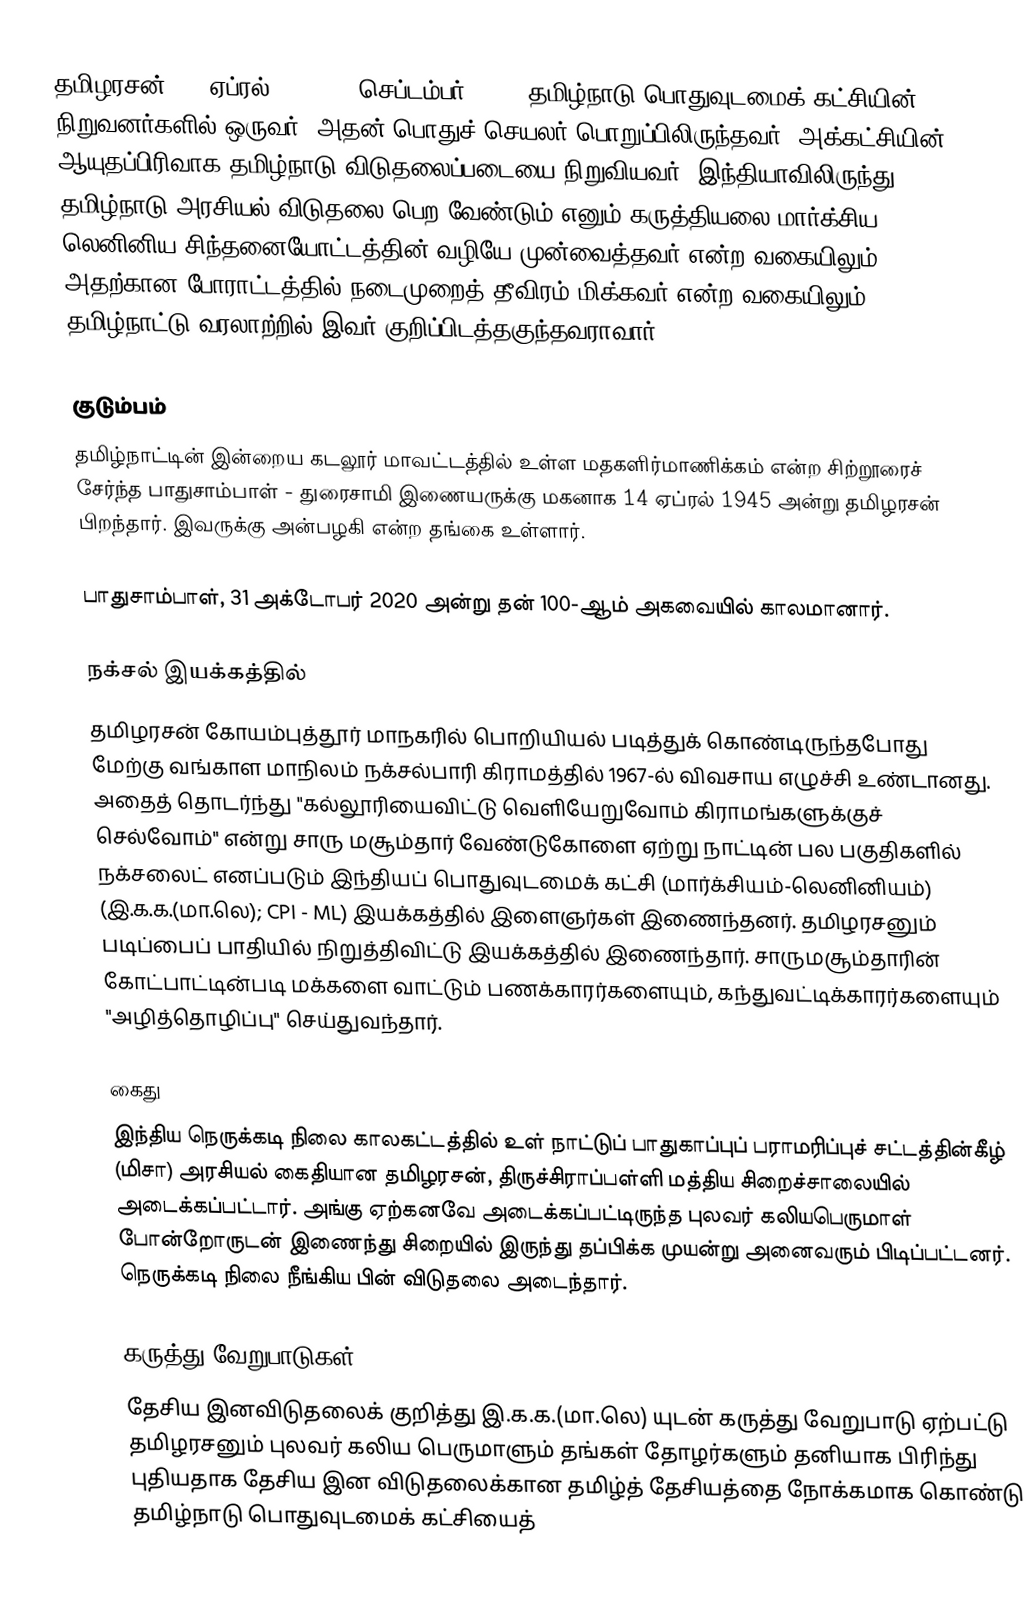
தமிழரசன் (14 ஏப்ரல் 1945 – 1 செப்டம்பர் 1987) தமிழ்நாடு பொதுவுடமைக் கட்சியின் நிறுவனர்களில் ஒருவர். அதன் பொதுச் செயலர் பொறுப்பிலிருந்தவர். அக்கட்சியின் ஆயுதப்பிரிவாக தமிழ்நாடு விடுதலைப்படையை நிறுவியவர். இந்தியாவிலிருந்து தமிழ்நாடு அரசியல் விடுதலை பெற வேண்டும் எனும் கருத்தியலை மார்க்சிய, லெனினிய சிந்தனையோட்டத்தின் வழியே முன்வைத்தவர் என்ற வகையிலும் அதற்கான போராட்டத்தில் நடைமுறைத் தீவிரம் மிக்கவர் என்ற வகையிலும் தமிழ்நாட்டு வரலாற்றில் இவர் குறிப்பிடத்தகுந்தவராவார்.

குடும்பம்
தமிழ்நாட்டின் இன்றைய கடலூர் மாவட்டத்தில் உள்ள மதகளிர்மாணிக்கம் என்ற சிற்றூரைச் சேர்ந்த பாதுசாம்பாள் - துரைசாமி இணையருக்கு மகனாக 14 ஏப்ரல் 1945 அன்று தமிழரசன் பிறந்தார். இவருக்கு அன்பழகி என்ற தங்கை உள்ளார்.

பாதுசாம்பாள், 31 அக்டோபர் 2020 அன்று தன் 100-ஆம் அகவையில் காலமானார்.

நக்சல் இயக்கத்தில்
தமிழரசன் கோயம்புத்தூர் மாநகரில் பொறியியல் படித்துக் கொண்டிருந்தபோது மேற்கு வங்காள மாநிலம் நக்சல்பாரி கிராமத்தில் 1967-ல் விவசாய எழுச்சி உண்டானது. அதைத் தொடர்ந்து "கல்லூரியைவிட்டு வெளியேறுவோம் கிராமங்களுக்குச் செல்வோம்" என்று சாரு மசூம்தார் வேண்டுகோளை ஏற்று நாட்டின் பல பகுதிகளில் நக்சலைட் எனப்படும் இந்தியப் பொதுவுடமைக் கட்சி (மார்க்சியம்-லெனினியம்) (இ.க.க.(மா.லெ); CPI - ML) இயக்கத்தில் இளைஞர்கள் இணைந்தனர். தமிழரசனும் படிப்பைப் பாதியில் நிறுத்திவிட்டு இயக்கத்தில் இணைந்தார். சாருமசூம்தாரின் கோட்பாட்டின்படி மக்களை வாட்டும் பணக்காரர்களையும், கந்துவட்டிக்காரர்களையும் "அழித்தொழிப்பு" செய்துவந்தார்.

கைது
இந்திய நெருக்கடி நிலை காலகட்டத்தில் உள் நாட்டுப் பாதுகாப்புப் பராமரிப்புச் சட்டத்தின்கீழ் (மிசா) அரசியல் கைதியான தமிழரசன், திருச்சிராப்பள்ளி மத்திய சிறைச்சாலையில் அடைக்கப்பட்டார். அங்கு ஏற்கனவே அடைக்கப்பட்டிருந்த புலவர் கலியபெருமாள் போன்றோருடன் இணைந்து சிறையில் இருந்து தப்பிக்க முயன்று அனைவரும் பிடிப்பட்டனர். நெருக்கடி நிலை நீங்கிய பின் விடுதலை அடைந்தார்.

கருத்து வேறுபாடுகள்
தேசிய இனவிடுதலைக் குறித்து  இ.க.க.(மா.லெ) யுடன் கருத்து வேறுபாடு ஏற்பட்டு தமிழரசனும் புலவர் கலிய பெருமாளும் தங்கள் தோழர்களும் தனியாக பிரிந்து புதியதாக தேசிய இன விடுதலைக்கான தமிழ்த் தேசியத்தை நோக்கமாக கொண்டு தமிழ்நாடு பொதுவுடமைக் கட்சியைத்